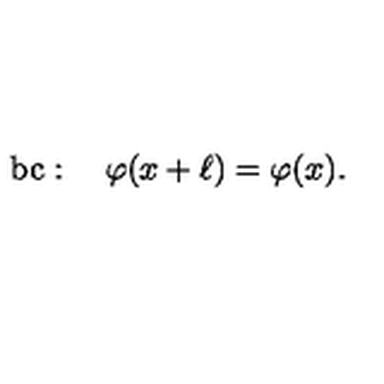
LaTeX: \mathrm { b c } : \quad \varphi ( x + \ell ) = \varphi ( x ) .